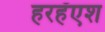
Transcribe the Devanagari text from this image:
हरहँएश